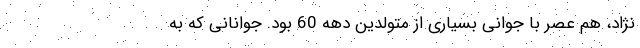
نژاد، هم عصر با جوانی بسیاری از متولدین دهه 60 بود. جوانانی که به